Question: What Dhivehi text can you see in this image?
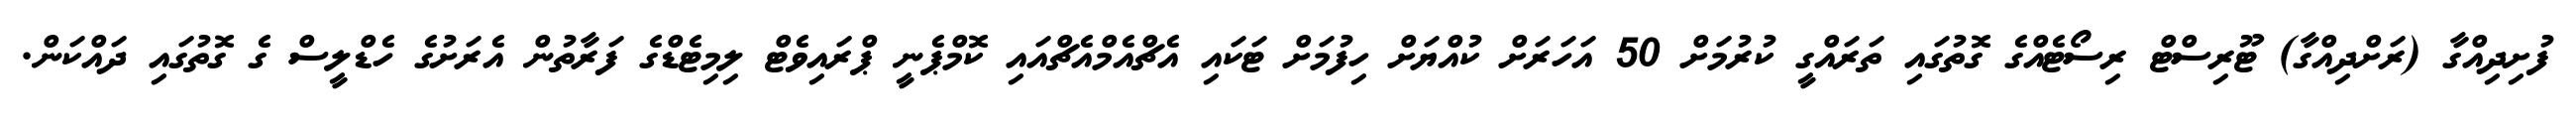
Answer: ފުށިދިއްގާ (ރަށްދިއްގާ) ޓޫރިސްޓް ރިސޯޓެއްގެ ގޮތުގައި ތަރައްގީ ކުރުމަށް 50 އަހަރަށް ކުއްޔަށް ހިފުމަށް ޓަކައި އެޗްއެމްއެޗްއައި ކޮމްޕެނީ ޕްރައިވެޓް ލިމިޓެޑްގެ ފަރާތުން އެރަށުގެ ހެޑްލީސް ގެ ގޮތުގައި ދައްކަން.